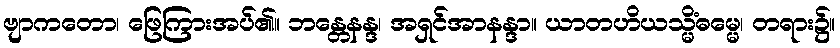
ဗျာကတော၊ ဖြေကြားအပ်၏။ ဘန္တေနန္ဒ၊ အရှင်အာနန္ဒာ။ ယာတဟိယသ္မိံဓမ္မေ၊ တရား၌။